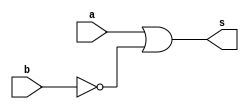
// 821811 - Felipe Rivetti Mizher
// Guia_0501.v 

module f5a ( output s, 
             input  a, 
             input  b ); 
// definir dado local 
   wire not_b; 
   wire a_nor_b;
// descrever por portas 
   nor NOR1(not_b, b, b);
   nor NOR2(a_nor_b, a, not_b);
   nor NOR3(s, a_nor_b, a_nor_b); 
endmodule // f5a

module f5b ( output s, 
             input  a, 
             input  b ); 
// descrever por expressao 
   assign s = a & ~b; 
endmodule // f5b 

module test_f5; 
// ------------------------- definir dados 
       reg  x; 
       reg  y; 
       wire a, b; 
 
       f5a moduloA ( a, x, y ); 
       f5b moduloB ( b, x, y ); 
 
// ------------------------- parte principal 
 
   initial 
   begin : main 
          $display("Guia_0501 - Felipe Rivetti Mizher - 821811"); 
          $display("Test module"); 
          $display("   x    y    a    b"); 
 
       // projetar testes do modulo 
         $monitor("%4b %4b %4b %4b", x, y, a, b); 
   #1      x = 1'b0;  y = 1'b0; 
   #1      x = 1'b0;  y = 1'b1; 
   #1      x = 1'b1;  y = 1'b0; 
   #1      x = 1'b1;  y = 1'b1; 
 
   end 
 
endmodule // test_f5